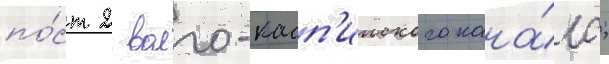
по́ст 2 волго-касп'ииского кана́ла;